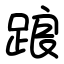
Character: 踉